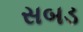
સબડ